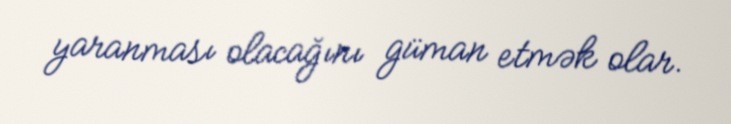
yaranması olacağını güman etmək olar.